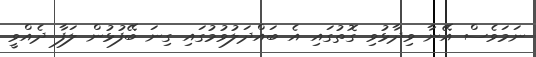
ނަމަވެސް އޭނާ ވިދާޅުވި ގޮތުގައި އެ ބައްދަލުވުމުގައި ގިނަ ބޭފުޅުން ލަފާ ދެއްވީ